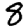
Digit: 8